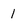
Character: 1